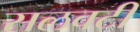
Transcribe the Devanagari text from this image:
सलवटी